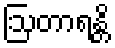
ဩတာရန္တိ